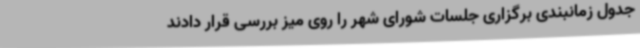
جدول زمانبندی برگزاری جلسات شورای شهر را روی میز بررسی قرار دادند